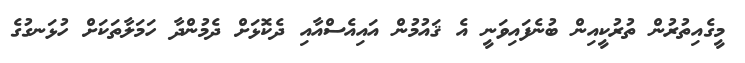
މީގެއިތުރުން ތުރުކީއިން ބުނެފައިވަނީ އެ ޤައުމުން އައިއެސްއާއި ދެކޮޅަށް ދެމުންދާ ހަމަލާތަކަށް ހުޅަނގުގެ